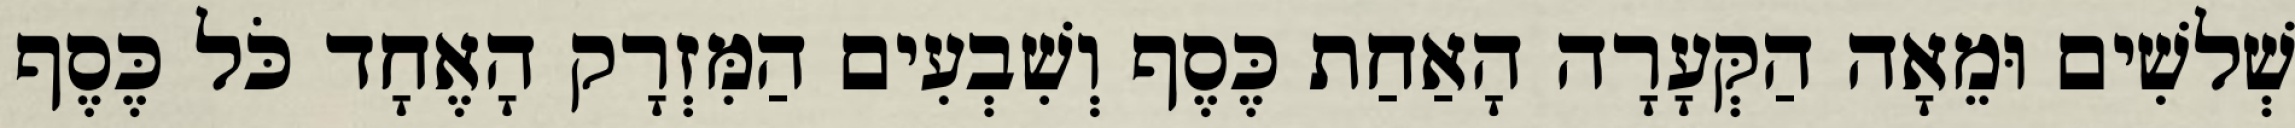
שְׁלשִׁים וּמֵאָה הַקְּעָרָה הָאַחַת כֶּסֶף וְשִׁבְעִים הַמִּזְרָק הָאֶחָד כֹּל כֶּסֶף